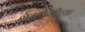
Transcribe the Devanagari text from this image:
शेखोजीच्या